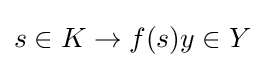
s\in K\to f(s)y\in Y